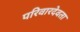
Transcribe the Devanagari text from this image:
परिवारदेवता